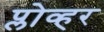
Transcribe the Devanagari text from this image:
प्लोव्हर